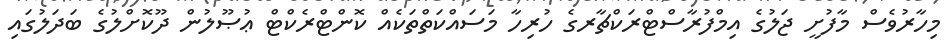
މިހާރުވެސް މާފުށީ ޖަލުގެ އިމްފުރާސްޓްރަކްޗާރގެ ހުރިހާ މަސައްކަތްތަކެއް ކޮންޓްރެކްޓް ޢުޞޫލުން ދޫކޮށްލުގެ ބަދަލުގައި